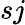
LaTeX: sj